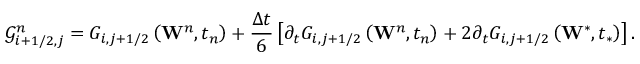
\mathcal { G } _ { i + 1 / 2 , j } ^ { n } = { { G } _ { i , j + 1 / 2 } } \left( { { \mathbf { W } } ^ { n } } , { { t } _ { n } } \right) + \frac { \Delta t } { 6 } \left[ { { \partial } _ { t } } { { G } _ { i , j + 1 / 2 } } \left( { { \mathbf { W } } ^ { n } } , { { t } _ { n } } \right) + 2 { { \partial } _ { t } } { { G } _ { i , j + 1 / 2 } } \left( { { \mathbf { W } } ^ { * } } , { { t } _ { * } } \right) \right] .